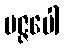
မဇ္ဇပေါ